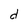
Character: d